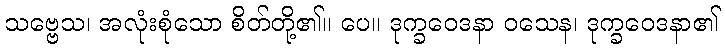
သဗ္ဗေသ၊ အလုံးစုံသော စိတ်တို့၏။ ပေ။ ဒုက္ခဝေဒနာ ဝသေန၊ ဒုက္ခဝေဒနာ၏